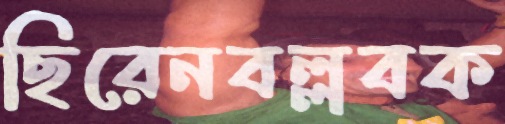
ছিরেনবল্লবক